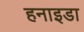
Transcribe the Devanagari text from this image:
हनाइडा